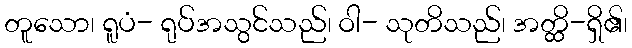
တူသော၊ ရူပံ- ရုပ်အသွင်သည်၊ ဝါ- သုတိသည်၊ အတ္ထိ-ရှိ၏၊